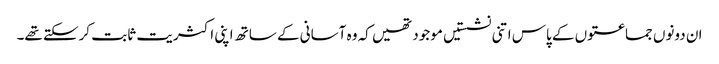
ان دونوں جماعتوں کے پاس اتنی نشستیں موجود تھیں کہ وہ آسانی کے ساتھ اپنی اکثریت ثابت کرسکتے تھے۔